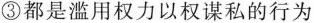
③都是滥用权力以权谋私的行为